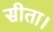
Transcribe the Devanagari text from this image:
सीता।